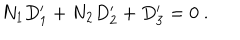
LaTeX: N _ { 1 } D _ { 1 } ^ { \prime } + N _ { 2 } D _ { 2 } ^ { \prime } + D _ { 3 } ^ { \prime } = 0 \ .